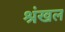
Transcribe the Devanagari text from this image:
श्रंखल